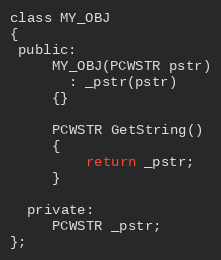
Language: C
class MY_OBJ
{
 public:
     MY_OBJ(PCWSTR pstr)
       : _pstr(pstr)
     {}

     PCWSTR GetString()
     {
         return _pstr;
     }

  private:
     PCWSTR _pstr;
};